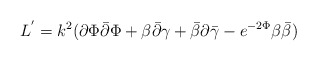
\begin{align*}L^{'}=k^{2}({\partial {\Phi}}{\bar{\partial} {\Phi}}+{\beta {\bar{\partial}} \gamma}+{\bar{\beta}}{\partial {\bar{\gamma}}}-e^{-2{\Phi}}{\beta {\bar{\beta}}})\end{align*}